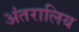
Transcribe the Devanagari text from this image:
अंतरालिय